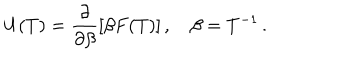
U ( T ) = \frac { \partial } { \partial \beta } \left[ \beta F ( T ) \right] , \quad \beta = T ^ { - 1 } \, { . }